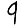
Digit: 9